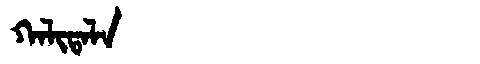
Manchu: ᡴᠠᠯᡳᡨᠠᠯᠠ
Romanization: KALITALA